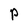
Character: P